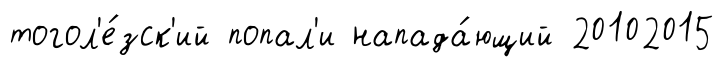
тогол'е́зск'ий попал'и напада́ющий 20102015